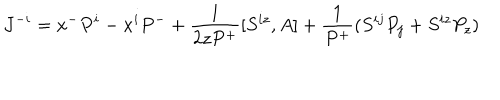
J ^ { - i } = x ^ { - } P ^ { i } - x ^ { i } P ^ { - } + \frac { 1 } { 2 z P ^ { + } } [ S ^ { i z } , A ] + \frac { 1 } { P ^ { + } } ( S ^ { i j } P _ { j } + S ^ { i z } P _ { z } )